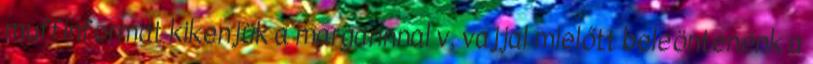
muffinformát kikenjük a margarinnal v. vajjal mielőtt beleöntenénk a